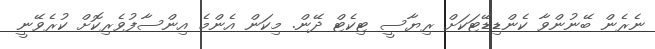
ނެރެން ބޭނުންވާ ކެންޑިޑޭޓަކަށް ރިޔާސީ ޓިކެޓް ދޭން. މިކަން އެންމެ އިންސާފުވެރިކޮށް ކުރެވޭނީ